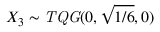
X _ { 3 } \sim \mathit { T Q G } ( 0 , \sqrt { { 1 } / { 6 } } , 0 )